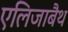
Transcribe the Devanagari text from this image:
एलिजाबैथ